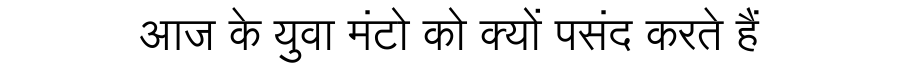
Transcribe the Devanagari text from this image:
आज के युवा मंटो को क्यों पसंद करते हैं